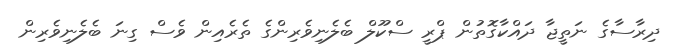
ދިރާސާގެ ނަތީޖާ ދައްކާގޮތުން ޕްރީ ސްކޫލް ބެލެނިވެރިންގެ ތެރެއިން ވެސް ގިނަ ބެލެނިވެރިން